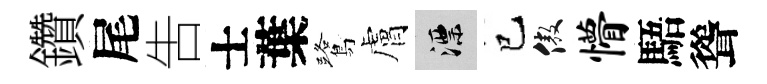
鑽尾吿士葉鷺膚漂已傲懵䮏聳